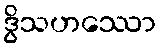
ဒွိသဟဿော